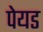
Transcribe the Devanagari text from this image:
पेयड